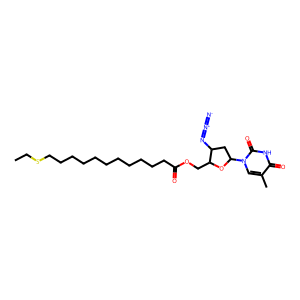
SMILES: CCSCCCCCCCCCCCC(=O)OCC1OC(n2cc(C)c(=O)[nH]c2=O)CC1N=[N+]=[N-]
Inhibits HIV replication: Yes